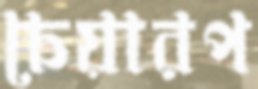
চেয়ারপ